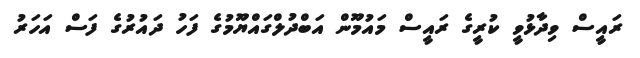
ރައީސް ވިދާޅުވީ ކުރީގެ ރައީސް މައުމޫން އަބްދުލްގައްޔޫމުގެ ފަހު ދައުރުގެ ފަސް އަހަރު